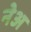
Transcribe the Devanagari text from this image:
नेअ